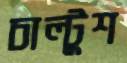
চাল্টুশ